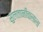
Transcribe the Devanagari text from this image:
सुलतानीवालाला